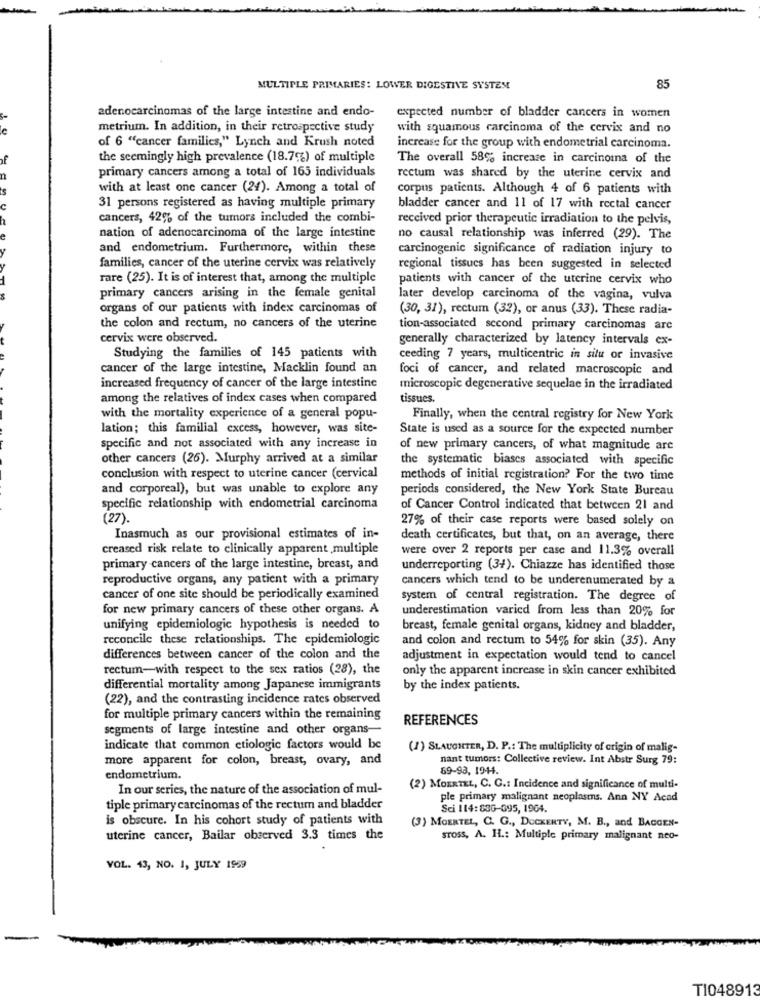
MULTIPLE PRIMARIES: LOWER DIGESTIVE SYSTEM
85
adenocarcinomas of the large intestine and endo-
expected number of bladder cancers in women
le
metrium. In addition, in their retrospective study
with squamous carcinoma of the cervix and no
of 6 ""cancer families," Lynch and Krush noted
increase for the group with endometrial carcinoma.
the seemingly high prevalence (18.7%) of multiple
The overall 58% increase in carcinoma of the
primary cancers among a total of 165 individuals
rectum was shared by the uterine cervix and
with at least one cancer (24). Among a total of
corpus patients. Although 4 of 6 patients with
C
31 persons registered as having multiple primary
bladder cancer and 11 of 17 with rectal cancer
cancers, 42% of the tumors included the combi-
received prior therapeutic irradiation to the pelvis,
nation of adenocarcinoma of the large intestine
no causal relationship was inferred (29). The
and endometrium. Furthermore, within these
carcinogenic significance of radiation injury to
families, cancer of the uterine cervix was relatively
regional tissues has been suggested in selected
rare (25). It is of interest that, among the multiple
patients with cancer of the uterine cervix who
primary cancers arising in the female genital
later develop carcinoma of the vagina, vulva
organs of our patients with index carcinomas of
(30, 31), rectum (32), or anus (33). These radia-
the colon and rectum, no cancers of the uterine
tion-associated second primary carcinomas are
cervix were observed.
generally characterized by latency intervals ex-
Studying the families of 145 patients with
ceeding 7 years, multicentric in situ or invasive
cancer of the large intestine, Macklin found an
foci of cancer, and related macroscopic and
increased frequency of cancer of the large intestine
microscopic degenerative sequelae in the irradiated
among the relatives of index cases when compared
tissues.
with the mortality experience of a general popu-
Finally, when the central registry for New York
lation; this familial excess, however, was site-
State is used as a source for the expected number
specific and not associated with any increase in
of new primary cancers, of what magnitude are
other cancers (26). Murphy arrived at a similar
the systematic biases associated with specific
conclusion with respect to uterine cancer (cervical
methods of initial registration? For the two time
and corporeal), but was unable to explore any
periods considered, the New York State Bureau
specific relationship with endometrial carcinoma
of Cancer Control indicated that between 21 and
(27).
27% of their case reports were based solely on
Inasmuch as our provisional estimates of in-
death certificates, but that, on an average, there
creased risk relate to clinically apparent multiple
were over 2 reports per case and 11.3% overall
primary cancers of the large intestine, breast, and
underreporting (34). Chiazze has identified those
reproductive organs, any patient with a primary
cancers which tend to be underenumerated by a
cancer of one site should be periodically examined
system of central registration. The degree of
for new primary cancers of these other organs. A
underestimation varied from less than 20% for
unifying epidemiologic hypothesis is needed to
breast, female genital organs, kidney and bladder,
reconcile these relationships. The epidemiologic
and colon and rectum to 54% for skin (35). Any
differences between cancer of the colon and the
adjustment in expectation would tend to cancel
rectum-with respect to the sex ratios (28), the
only the apparent increase in skin cancer exhibited
differential mortality among Japanese immigrants
by the index patients.
(22), and the contrasting incidence rates observed
for multiple primary cancers within the remaining
REFERENCES
segments of large intestine and other organs-
indicate that common etiologic factors would be
(1) SLAUGHTER, D. P .: The multiplicity of crigin of malig-
more apparent for colon, breast, ovary, and
nant tumors: Collective review. Int Abstr Surg 79:
69-93, 1944.
endometrium.
In our series, the nature of the association of mul-
(2) MOERTEL, C. C .: Incidence and significance of multi-
ple primary malignant neoplasms. Ann NY Acad
tiple primary carcinomas of the rectum and bladder
Sci 114: 836-095, 1904.
is obscure. In his cohort study of patients with
(3) MOERTEL, C. G ., DOCKERTY, M. B ., and BAGGEN-
uterine cancer, Bailar observed 3.3 times the
sross, A. H .: Multiple primary malignant neo-
VOL. 13, NO. 1, JULY 1959
TI048913